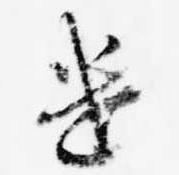
遣